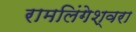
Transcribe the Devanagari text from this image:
रामलिंगेश्‍वरा